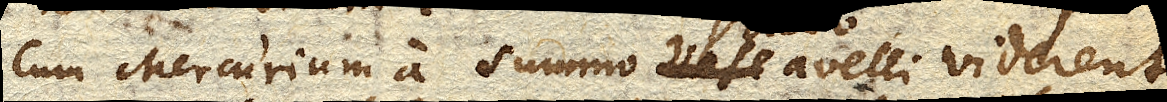
cum Mercurium a summo vase avelli viderent,